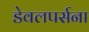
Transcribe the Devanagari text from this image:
डेवलपर्सना